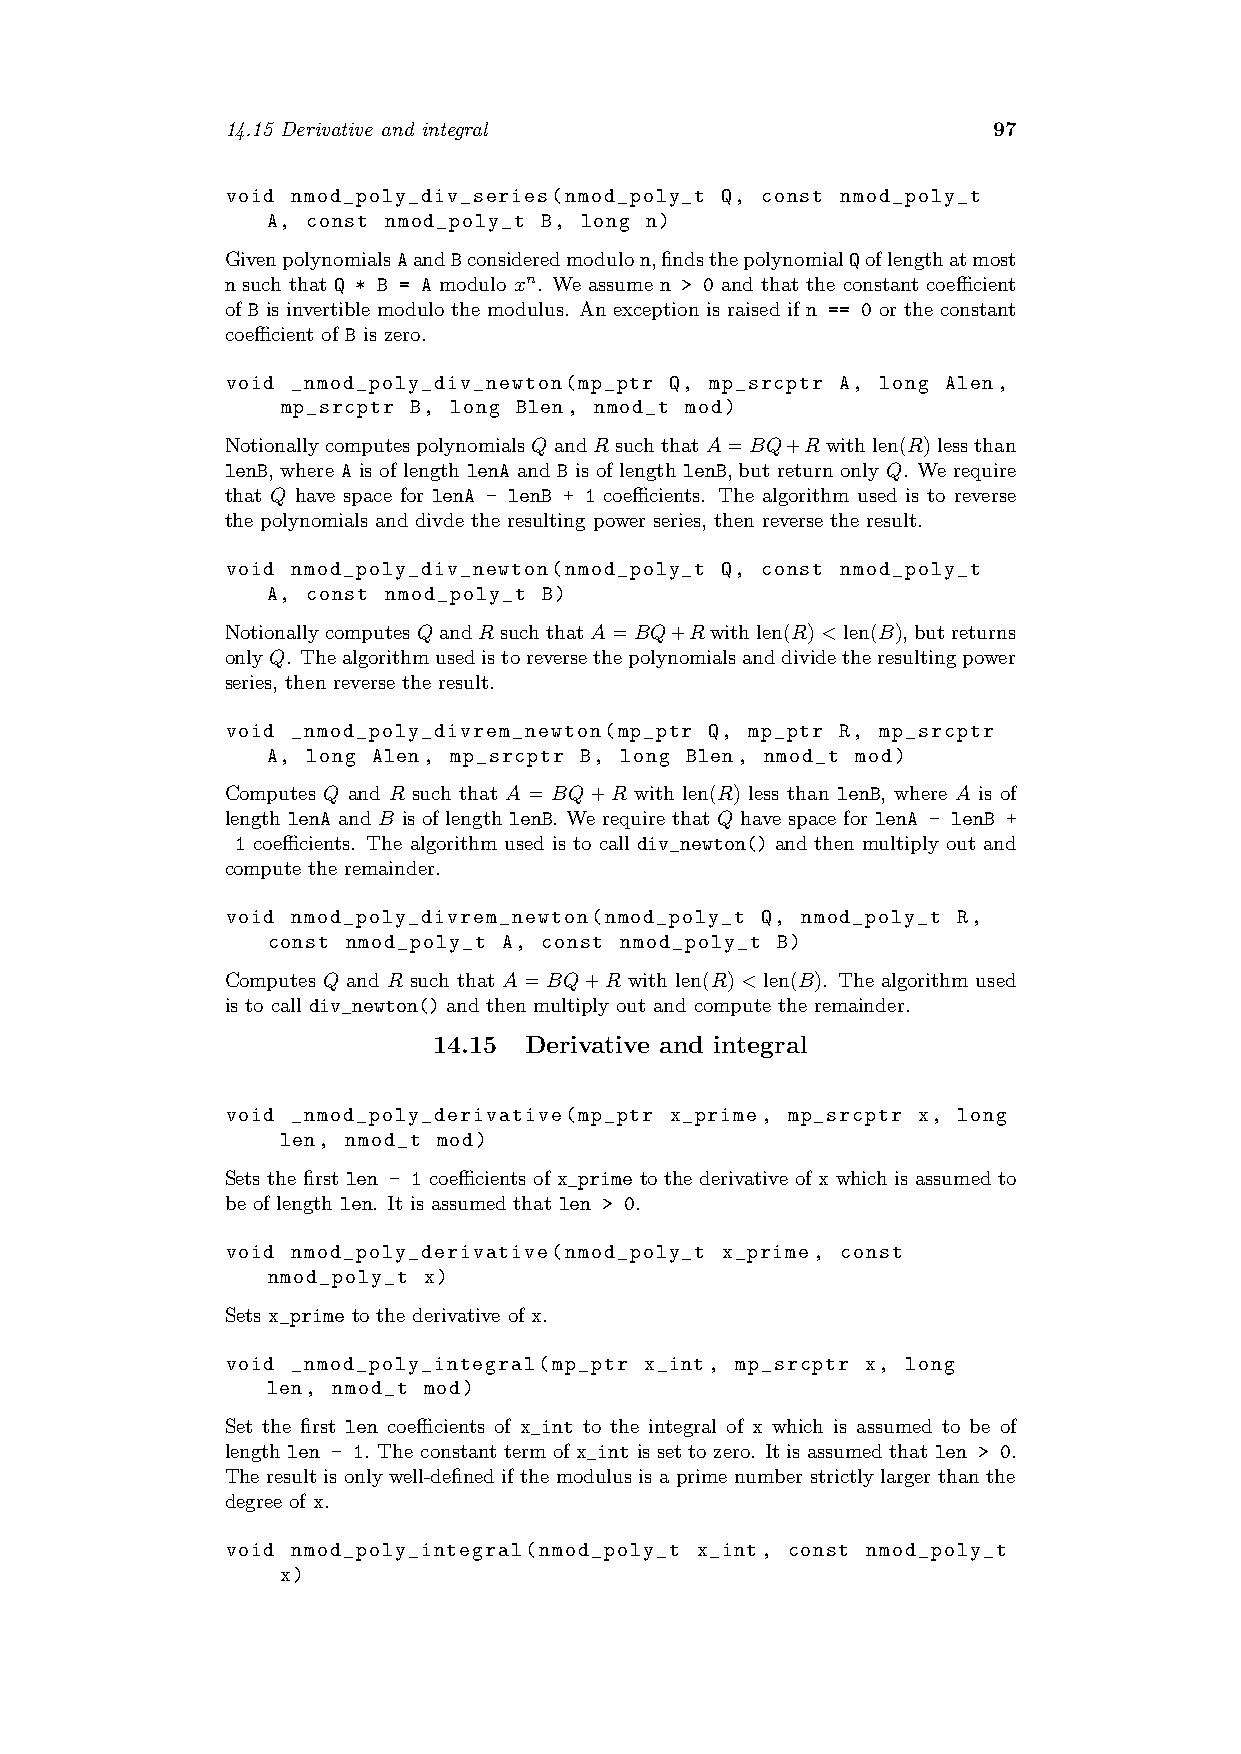
14.15 Derivative and integral                      97
 void nmod_poly_div_series(nmod_poly_t Q, const nmod_poly_t
 A, const nmod_poly_t B, long n)
 GivenpolynomialsAandBconsideredmodulon,findsthepolynomialQoflengthatmost
 n such that Q * B = A modulo xn. We assume n > 0 and that the constant coefficient
 of B is invertible modulo the modulus. An exception is raised if n == 0 or the constant
 coefficient of B is zero.
 void _nmod_poly_div_newton(mp_ptr Q, mp_srcptr A, long Alen,
 mp_srcptr B, long Blen, nmod_t mod)
 NotionallycomputespolynomialsQandR suchthatA=BQ+R withlen(R)lessthan
 lenB, where A is of length lenA and B is of length lenB, but return only Q. We require
 that Q have space for lenA - lenB + 1 coefficients. The algorithm used is to reverse
 the polynomials and divde the resulting power series, then reverse the result.
 void nmod_poly_div_newton(nmod_poly_t Q, const nmod_poly_t
 A, const nmod_poly_t B)
 NotionallycomputesQandRsuchthatA=BQ+Rwithlen(R)<len(B),butreturns
 onlyQ. Thealgorithmusedistoreversethepolynomialsanddividetheresultingpower
 series, then reverse the result.
 void _nmod_poly_divrem_newton(mp_ptr Q, mp_ptr R, mp_srcptr
 A, long Alen, mp_srcptr B, long Blen, nmod_t mod)
 Computes Q and R such that A = BQ+R with len(R) less than lenB, where A is of
 length lenA and B is of length lenB. We require that Q have space for lenA - lenB +
 1 coefficients. The algorithm used is to call div_newton() and then multiply out and
 compute the remainder.
 void nmod_poly_divrem_newton(nmod_poly_t Q, nmod_poly_t R,
 const nmod_poly_t A, const nmod_poly_t B)
 Computes Q and R such that A=BQ+R with len(R)<len(B). The algorithm used
 is to call div_newton() and then multiply out and compute the remainder.
 14.15 Derivative and integral
 void _nmod_poly_derivative(mp_ptr x_prime, mp_srcptr x, long
 len, nmod_t mod)
 Sets the first len - 1 coefficients of x_prime to the derivative of x which is assumed to
 be of length len. It is assumed that len > 0.
 void nmod_poly_derivative(nmod_poly_t x_prime, const
 nmod_poly_t x)
 Sets x_prime to the derivative of x.
 void _nmod_poly_integral(mp_ptr x_int, mp_srcptr x, long
 len, nmod_t mod)
 Set the first len coefficients of x_int to the integral of x which is assumed to be of
 length len - 1. The constant term of x_int is set to zero. It is assumed that len > 0.
 The result is only well-defined if the modulus is a prime number strictly larger than the
 degree of x.
 void nmod_poly_integral(nmod_poly_t x_int, const nmod_poly_t
 x)